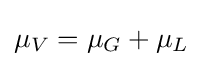
\mu _{V}=\mu _{G}+\mu _{L}